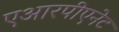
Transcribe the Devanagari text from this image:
एआरपीएनेट